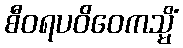
စီဝရပဝိဝေကသ္မိံ